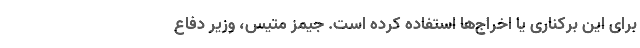
برای این برکناری یا اخراج‌ها استفاده کرده است. جیمز متیس، وزیر دفاع